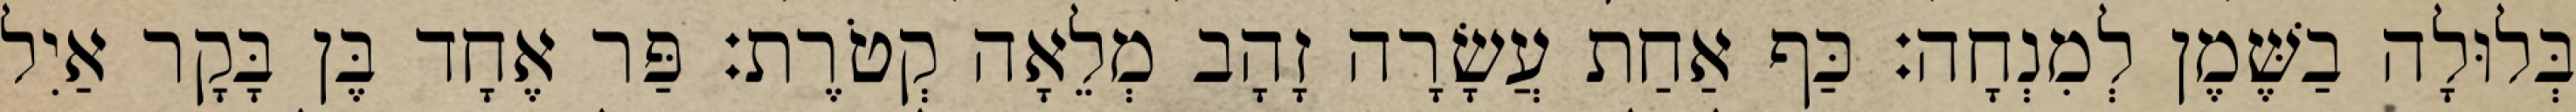
בְּלוּלָה בַשֶּׁמֶן לְמִנְחָה׃ כַּף אַחַת עֲשָׂרָה זָהָב מְלֵאָה קְטֹרֶת׃ פַּר אֶחָד בֶּן בָּקָר אַיִל